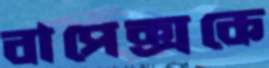
বাপেক্সকে